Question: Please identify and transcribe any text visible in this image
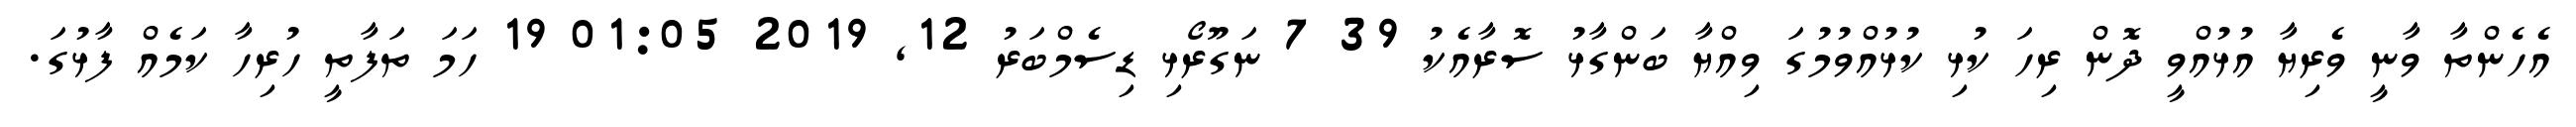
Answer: އެހެންތާ ވާނީ ވެރިޔާ އުޅުއްވީ ދޮން ރިހަ ކުޅި ކުޅުއްވުމުގަ ވިއްޔާ ބަންގާޅު ސޮރާއެކު 39 7 ނަގޫރޯޅި ޑިސެމްބަރު 12, 2019 01:05 19 ހަމަ ތަފާތީ ހުރިހާ ކަމެއް ފާޅުގަ.